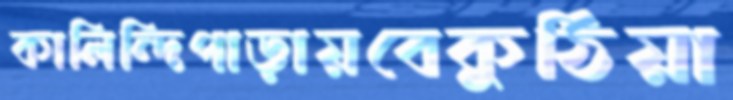
কালিন্দিপাড়ায়বেকুঠিয়া